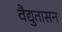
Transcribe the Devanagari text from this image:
वैद्युतासन